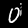
Label: 0